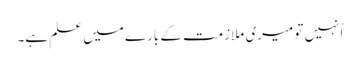
اُنہیں تو میری ملازمت کے بارے میں علم ہے۔